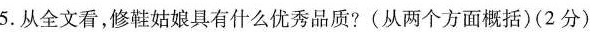
5.从全文看，修鞋姑娘具有什么优秀品质?(从两个方面概括)(2分)